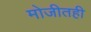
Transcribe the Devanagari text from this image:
मोजीतही